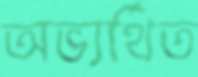
অভ্যর্থিত